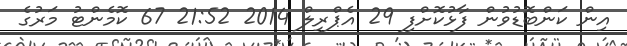
އިން ކަންބޮޑުވުން ފާޅުކޮށްފި 29 އެޕްރީލް 2014 21:52 67 ކޮމެންޓު މަރުގެ